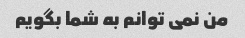
من نمی توانم به شما بگویم